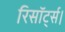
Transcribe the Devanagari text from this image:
रिसॉर्ट्स।